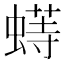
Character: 𬠟